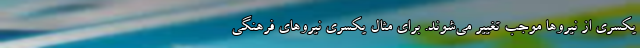
یکسری از نیروها موجب تغییر می‌شوند. برای مثال یکسری نیروهای فرهنگی